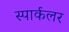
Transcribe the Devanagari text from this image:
स्पार्कलर